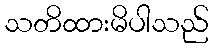
သတိထားမိပါသည်